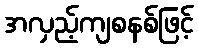
အလှည့်ကျစနစ်ဖြင့်